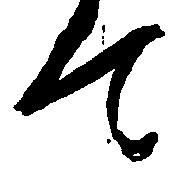
て